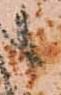
候